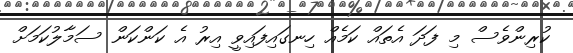
ކުރިންވެސް މި ފަދަ އެތައް ކަމެއް ހިނގައިފައިވީ އިރު އެ ކަންކަން ސަމާލުކަމަށް